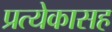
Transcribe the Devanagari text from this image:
प्रत्येकासह